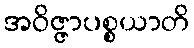
အဝိဇ္ဇာပစ္စယာတိ